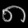
Digit: ၈